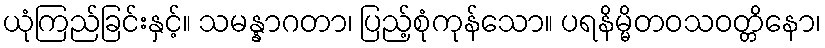
ယုံကြည်ခြင်းနှင့်။ သမန္နာဂတာ၊ ပြည့်စုံကုန်သော။ ပရနိမ္မိတဝသဝတ္တိနော၊